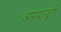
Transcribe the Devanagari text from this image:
अपदापूर्ण